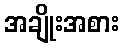
အချိုးအစား